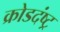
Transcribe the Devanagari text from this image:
क्रोडदंष्ट्र